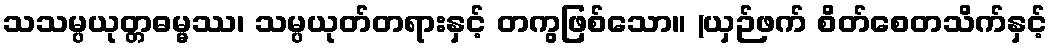
သသမ္ပယုတ္တဓမ္မဿ၊ သမ္ပယုတ်တရားနှင့် တကွဖြစ်သော။ (ယှဉ်ဖက် စိတ်စေတသိက်နှင့်